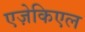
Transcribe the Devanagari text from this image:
एज़ेकिएल